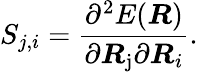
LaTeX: S_{j,i}=\frac{\partial^{2}{E}(\boldsymbol{R})}{\partial\boldsymbol{R}_{\mathrm{j}}\partial\boldsymbol{R}_{i}}.